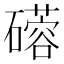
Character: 𬒦